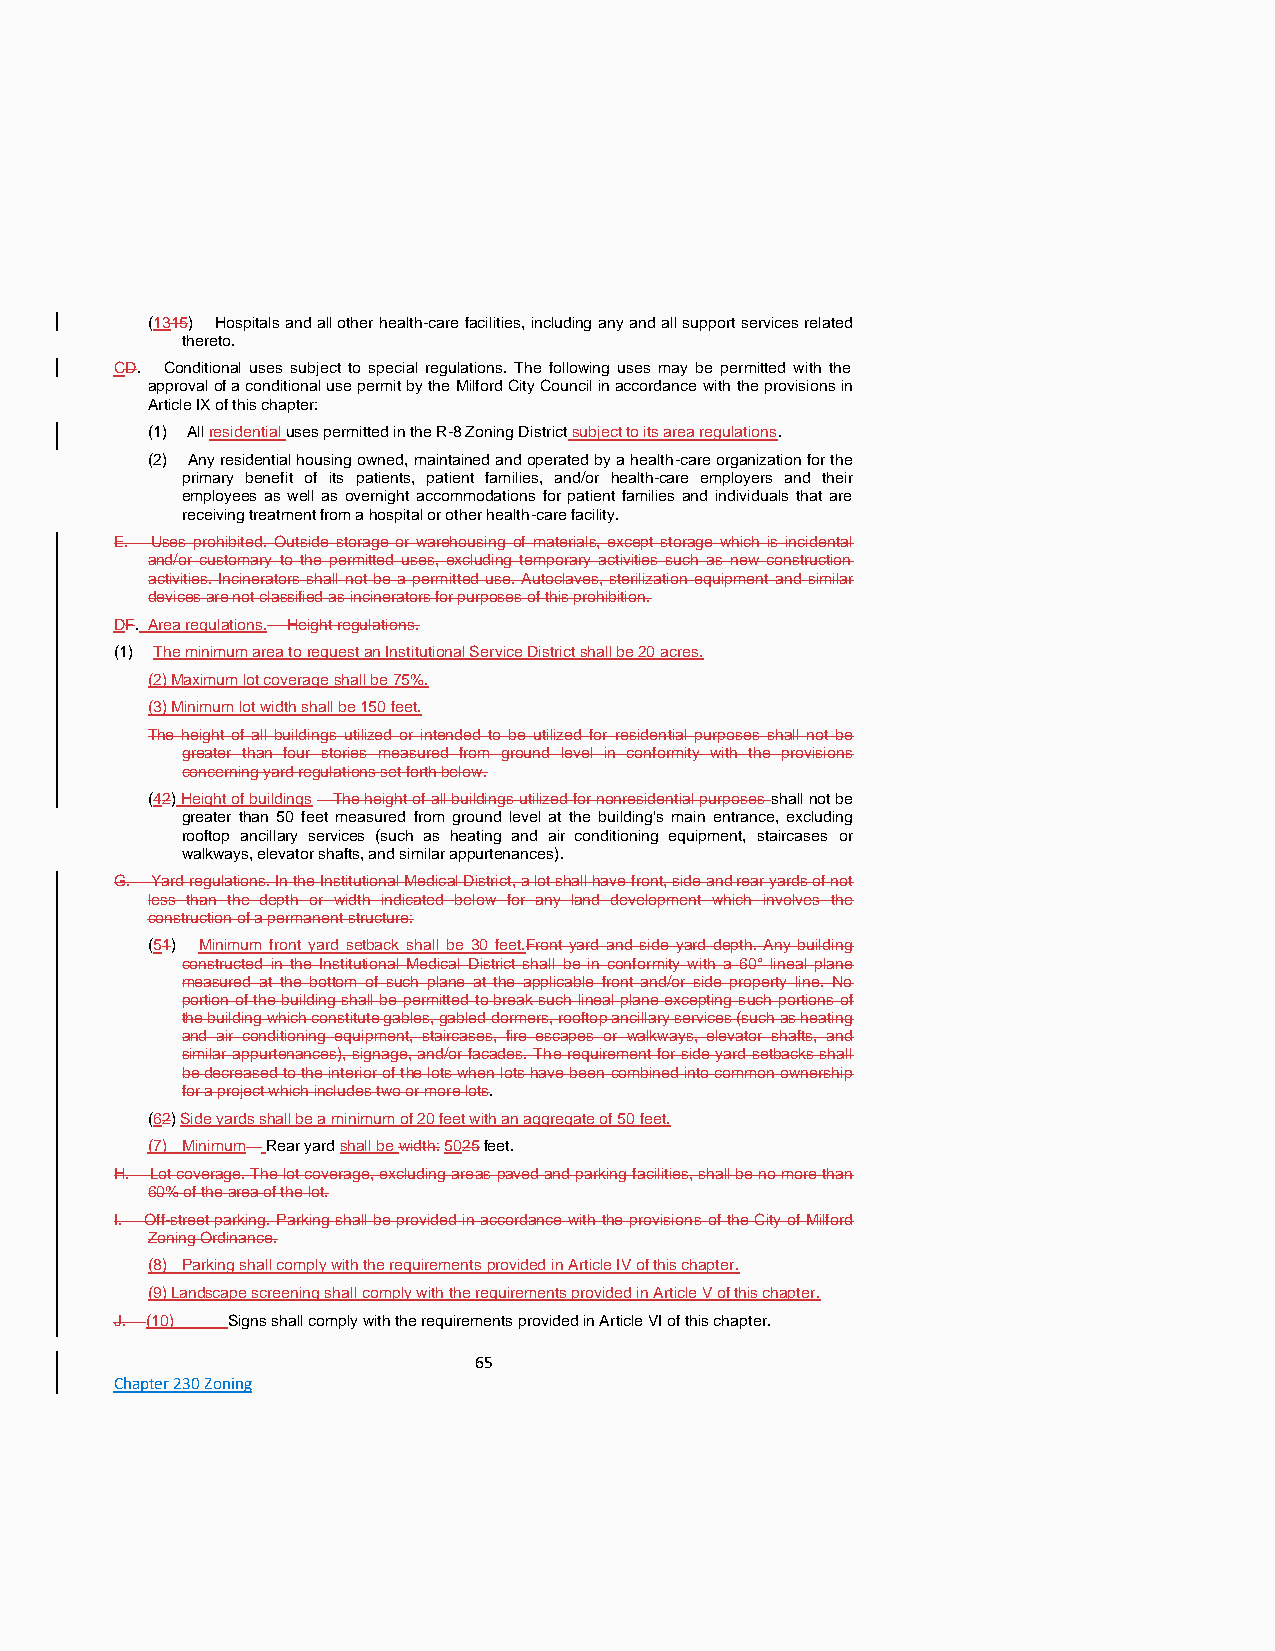
(1315) Hospitals and all other health-care facilities, including any and all support services related
 thereto.
 CD. Conditional uses subject to special regulations. The following uses may be permitted with the
 approval of a conditional use permit by the Milford City Council in accordance with the provisions in
 Article IX of this chapter:
 (1) All residential uses permitted in the R-8 Zoning District subject to its area regulations.
 (2) Any residential housing owned, maintained and operated by a health-care organization for the
 primary benefit of its patients, patient families, and/or health-care employers and their
 employees as well as overnight accommodations for patient families and individuals that are
 receiving treatment from a hospital or other health-care facility.
 E. Uses prohibited. Outside storage or warehousing of materials, except storage which is incidental
 and/or customary to the permitted uses, excluding temporary activities such as new construction
 activities. Incinerators shall not be a permitted use. Autoclaves, sterilization equipment and similar
 devices are not classified as incinerators for purposes of this prohibition.
 DF. Area regulations. Height regulations.
 (1) The minimum area to request an Institutional Service District shall be 20 acres.
 (2) Maximum lot coverage shall be 75%.
 (3) Minimum lot width shall be 150 feet.
 The height of all buildings utilized or intended to be utilized for residential purposes shall not be
 greater than four stories measured from ground level in conformity with the provisions
 concerning yard regulations set forth below.
 (42) Height of buildings The height of all buildings utilized for nonresidential purposes shall not be
 greater than 50 feet measured from ground level at the building's main entrance, excluding
 rooftop ancillary services (such as heating and air conditioning equipment, staircases or
 walkways, elevator shafts, and similar appurtenances).
 G. Yard regulations. In the Institutional Medical District, a lot shall have front, side and rear yards of not
 less than the depth or width indicated below for any land development which involves the
 construction of a permanent structure:
 (51) Minimum front yard setback shall be 30 feet.Front yard and side yard depth. Any building
 constructed in the Institutional Medical District shall be in conformity with a 60° lineal plane
 measured at the bottom of such plane at the applicable front and/or side property line. No
 portion of the building shall be permitted to break such lineal plane excepting such portions of
 the building which constitute gables, gabled dormers, rooftop ancillary services (such as heating
 and air conditioning equipment, staircases, fire escapes or walkways, elevator shafts, and
 similar appurtenances), signage, and/or facades. The requirement for side yard setbacks shall
 be decreased to the interior of the lots when lots have been combined into common ownership
 for a project which includes two or more lots.
 (62) Side yards shall be a minimum of 20 feet with an aggregate of 50 feet.
 (7) Minimum Rear yard shall be width: 5025 feet.
 H. Lot coverage. The lot coverage, excluding areas paved and parking facilities, shall be no more than
 60% of the area of the lot.
 I. Off-street parking. Parking shall be provided in accordance with the provisions of the City of Milford
 Zoning Ordinance.
 (8) Parking shall comply with the requirements provided in Article IV of this chapter.
 (9) Landscape screening shall comply with the requirements provided in Article V of this chapter.
 J. (10) Signs shall comply with the requirements provided in Article VI of this chapter.
 65
 Chapter 230 Zoning